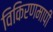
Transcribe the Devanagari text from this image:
विकिरणमापी